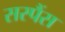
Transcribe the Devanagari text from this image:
सस्पैंस